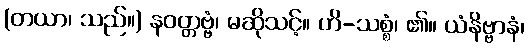
(တယာ၊ သည်။) နဝတ္တဗ္ဗံ၊ မဆိုသင့်။ ဟိ-သစ္စံ၊ ၏။ ယံနိဗ္ဗာနံ၊